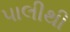
પાલીથી